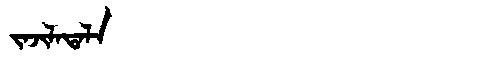
Manchu: ᠵᠠᠵᡳᠯᠠᡨᠠᠯᠠ
Romanization: JAJILATALA